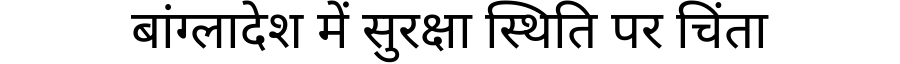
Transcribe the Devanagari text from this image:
बांग्लादेश में सुरक्षा स्थिति पर चिंता